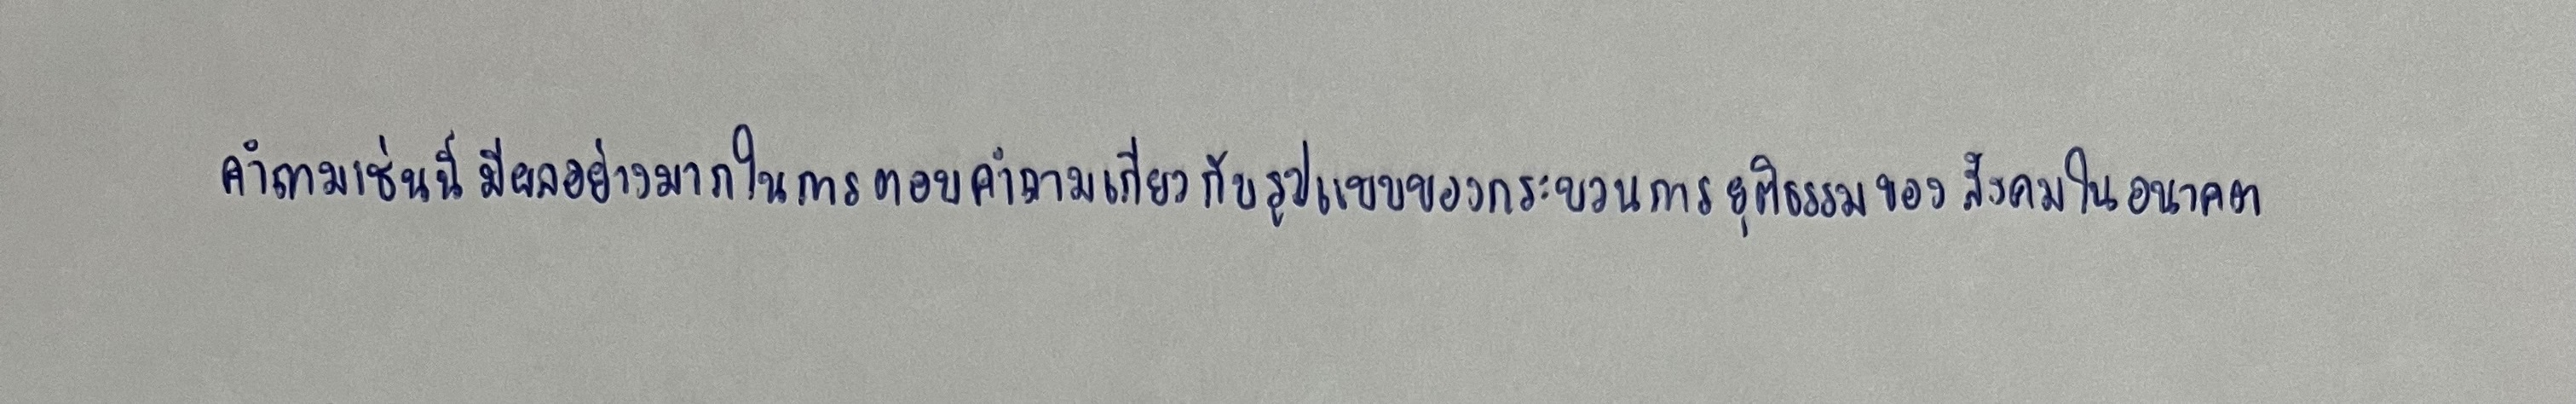
คำถามเช่นนี้มีผลอย่างมากในการตอบคำถามเกี่ยวกับรูปแบบของกระบวนการยุติธรรมของสังคมในอนาคต